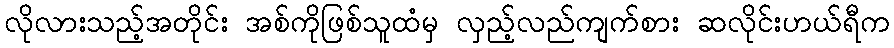
လိုလားသည့်အတိုင်း အစ်ကိုဖြစ်သူထံမှ လှည့်လည်ကျက်စား ဆလိုင်းဟယ်ရီက